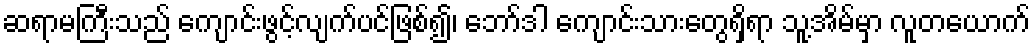
ဆရာမကြီးသည် ကျောင်းဖွင့်လျက်ပင်ဖြစ်၍၊ ဘော်ဒါ ကျောင်းသားတွေရှိရာ သူ့အိမ်မှာ လူတယောက်